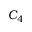
C _ { 4 }